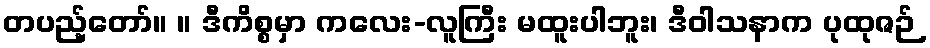
တပည့်တော်။ ။ ဒီကိစ္စမှာ ကလေး-လူကြီး မထူးပါဘူး၊ ဒီဝါသနာက ပုထုဇဉ်